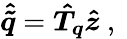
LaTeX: \boldsymbol{\hat{\tilde{q}}}=\boldsymbol{\hat{T}_{q}}\boldsymbol{\hat{z}}\mathrm{~,~}